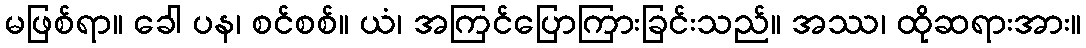
မဖြစ်ရာ။ ခေါ ပန၊ စင်စစ်။ ယံ၊ အကြင်ပြောကြားခြင်းသည်။ အဿ၊ ထိုဆရားအား။